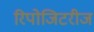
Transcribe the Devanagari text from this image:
रिपोजिटरीज